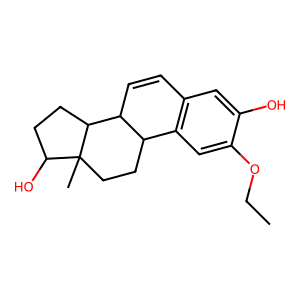
SMILES: CCOc1cc2c(cc1O)C=CC1C2CCC2(C)C(O)CCC12
Inhibits HIV replication: No